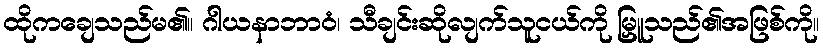
ထိုကချေသည်မ၏။ ဂါယနာဘာဝံ၊ သီချင်းဆိုလျက်သူငယ်ကို မြှူသည်၏အဖြစ်ကို။